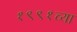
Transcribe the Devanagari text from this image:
१९९१च्या